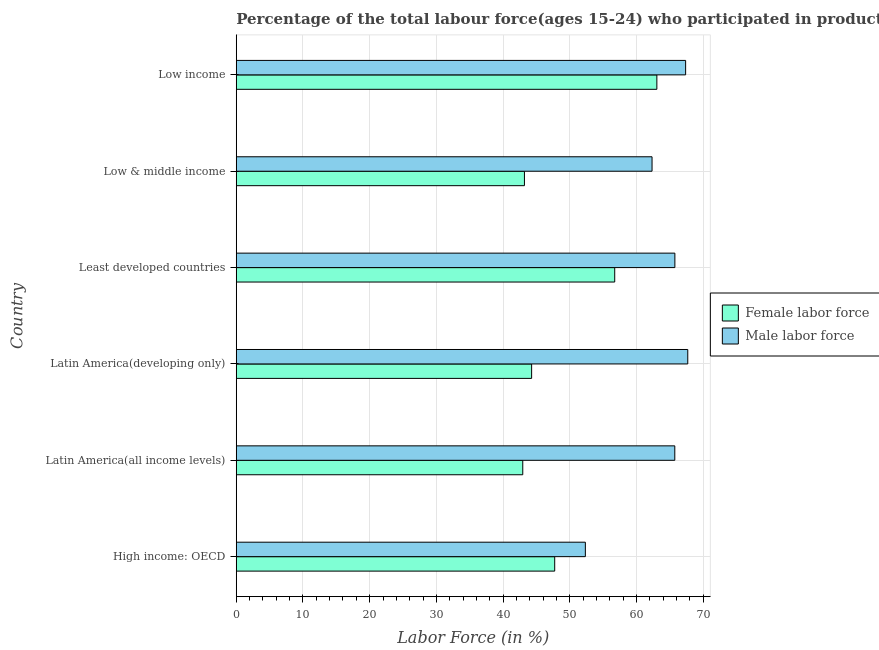
| Country | Female labor force | Male labor force |
 | --- | --- | --- |
 | High income: OECD | 47.7 | 52.3 |
 | Latin America(all income levels) | 43 | 65.7 |
 | Latin America(developing only) | 44.3 | 67.7 |
 | Least developed countries | 56.7 | 65.8 |
 | Low & middle income | 43.2 | 62.3 |
 | Low income | 63.1 | 67.4 |